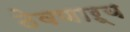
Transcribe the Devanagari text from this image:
ठेवणाऱ्य